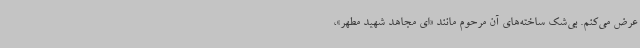
عرض می‌کنم. بی‌شک ساخته‌های آن مرحوم مانند «ای مجاهد شهید مطهر»،